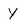
Character: Y